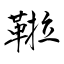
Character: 鞡